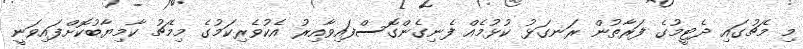
މި މެޗުގައި ދެޓީމުގެ ފަރާތުން ރަނގަޅު ކުޅުމެއް ފެނިގެންގޮސްފައިވާއިރު އެކުވެރިކަމުގެ މިމެޗު ކާމިޔާބުކޮށްފައިވަނީ